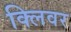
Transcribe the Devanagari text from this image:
क्लिवर